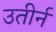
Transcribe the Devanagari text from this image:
उतीर्न